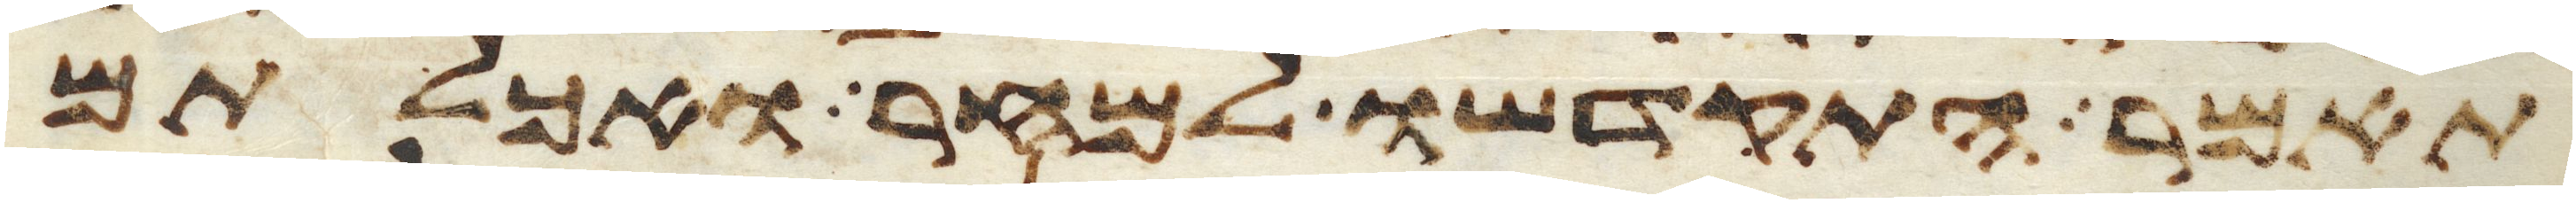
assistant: תאמר התקדשו למחר ואכלתם